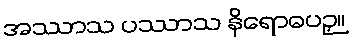
အဿာသ ပဿာသ နိရောဓပဉှ။